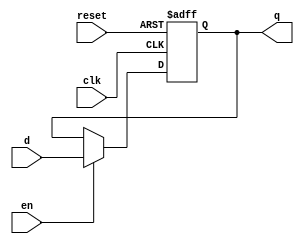
`timescale 1ns / 1ps
//////////////////////////////////////////////////////////////////////////////////
// Company: 
// 
// Design Name: 
// Module Name: DFF_s
// Project Name: 
// Target Devices: 
// Tool Versions: 
// Description: D Flip Flop with enable and async reset 
// 
// Dependencies: 
// 
// Revision:
// Revision 0.01 - File Created
// Additional Comments:
// 
//////////////////////////////////////////////////////////////////////////////////


module DFF_s(q, d, reset, en, clk); 
    
    output reg q; 

    input d, en, reset, clk; 
    
    always @(posedge clk, posedge reset) begin
        if (reset) 
            q <= 1'b0;                  //async reset
        else begin 
            if (en)
                q <= d;                 
        end    
    end  
    
endmodule